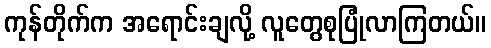
ကုန်တိုက်က အရောင်းချလို့ လူတွေစုပြုံလာကြတယ်။